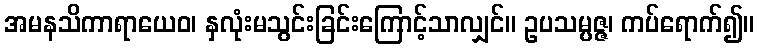
အမနသိကာရာယေဝ၊ နှလုံးမသွင်းခြင်းကြောင့်သာလျှင်။ ဥပသမ္ပဇ္ဇ၊ ကပ်ရောက်၍။